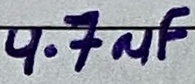
Text: 4.7µF